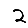
Digit: 2